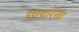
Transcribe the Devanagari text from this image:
छायारेखा